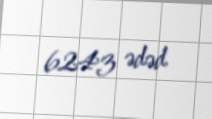
6243 ədəd